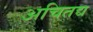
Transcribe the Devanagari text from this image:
अचितद्य